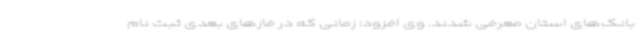
بانک‌های استان معرفی شدند. وی افزود: زمانی که در فازهای بعدی ثبت نام